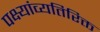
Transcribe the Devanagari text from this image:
पक्ष्यांव्यतिरिक्त